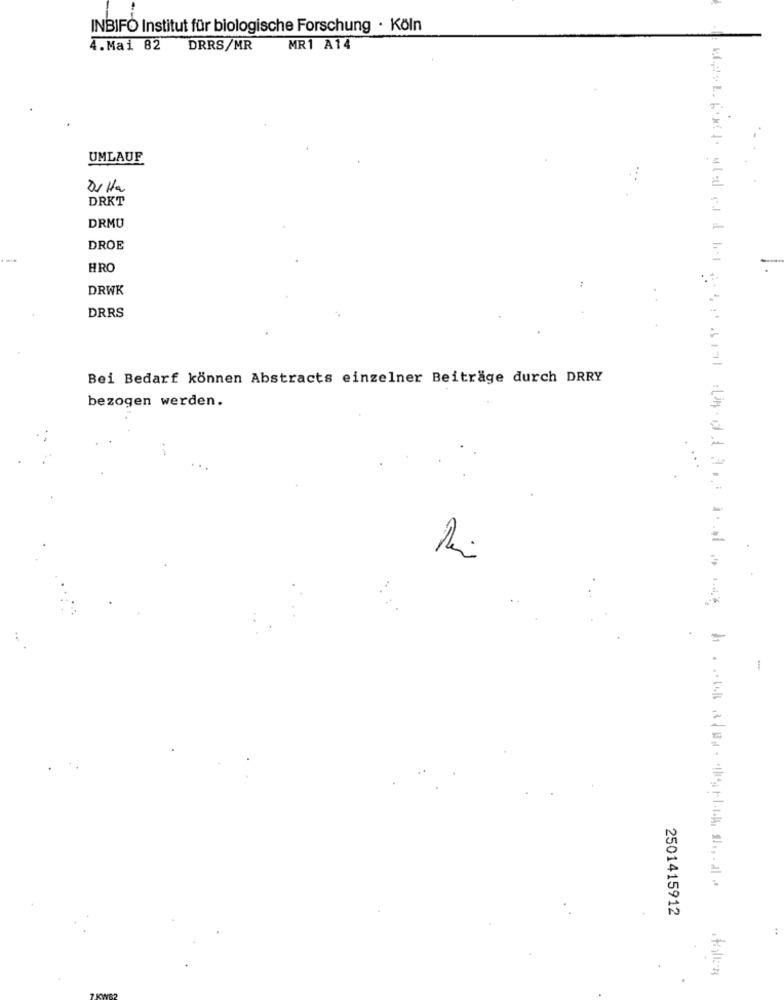
INBIFO Institut für biologische Forschung · Köln
4.Mai 82 DRRS/MR
MR1 A14
UMLAUF
Della
DRKT
DRMU
DROE
-
HRO
DRWK
DRRS
Bei Bedarf können Abstracts einzelner Beiträge durch DRRY
bezogen werden.
-
2501415912